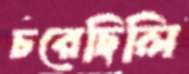
চরেছিলি